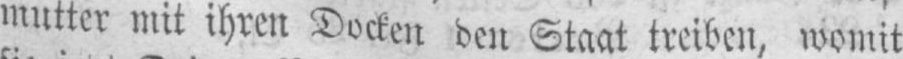
mutter mit ihren Docken den Staat treiben, womit